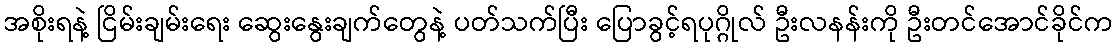
အစိုးရနဲ့ ငြိမ်းချမ်းရေး ဆွေးနွေးချက်တွေနဲ့ ပတ်သက်ပြီး ပြောခွင့်ရပုဂ္ဂိုလ် ဦးလနန်းကို ဦးတင်အောင်ခိုင်က